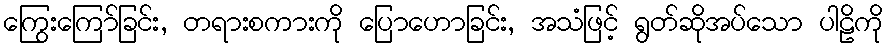
ကြွေးကြော်ခြင်း, တရားစကားကို ပြောဟောခြင်း, အသံဖြင့် ရွတ်ဆိုအပ်သော ပါဠိကို